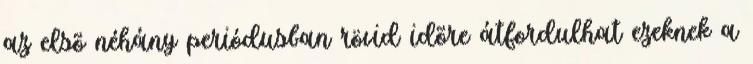
az elsõ néhány periódusban rövid idõre átfordulhat ezeknek a